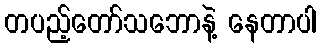
တပည့်တော်သဘောနဲ့ နေတာပါ